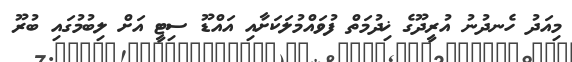
މިއަދު ހެނދުނު އުރީދޫގެ ޚިދުމަތް ފުވައްމުލަކަށާއި އައްޑޫ ސިޓީ އަށް ލިބުމުގައި ބުރޫ